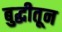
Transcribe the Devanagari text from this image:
बुद्धीतून